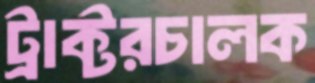
ট্রাক্টরচালক